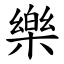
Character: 樂